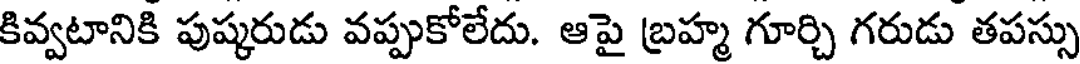
కివ్వటానికి పుష్కరుడు వప్పుకోలేదు. ఆపై బ్రహ్మ గూర్చి గరుడు తపస్సు